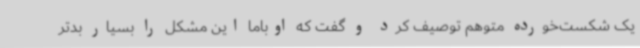
یک شکست‌خورده متوهم توصیف کرد و گفت که اوباما این مشکل را بسیار بدتر